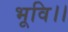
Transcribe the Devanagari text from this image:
भूवि।।